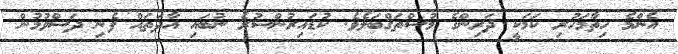
އެންމެ ހިތާމަހުރި ކަމަކީ ދަރިންގެ މުސްތަޤްބަލެވެ. ކުޑައިރުންސުރެ ނުބައި އާދަތައް ފެނި ދަސްވުމުން